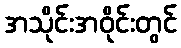
အသိုင်းအဝိုင်းတွင်